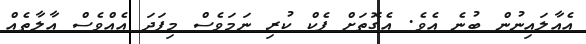
އެއާލައިނުން ބުނެ އެވެ. އެގޮތަށް ޕެކް ކުރި ނަމަވެސް މިފަދަ އެއްވެސް އާލާތެއް